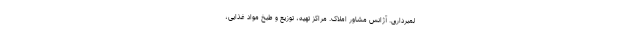
لمبرداری. آژانس مشاور املاک. مراکز تهیه، توزیع و طبخ مواد غذایی،